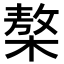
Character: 𣘢